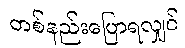
တစ်နည်းပြောရလျှင်